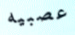
عصبيه